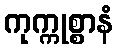
ကုက္ကုစ္စာနံ